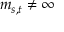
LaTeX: m _ { s , t } \neq \infty